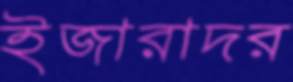
ইজারাদর